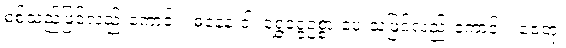
စစ်သည်ဖြင့်လည်းကောင်း။ ဓနေန ဝါ၊ ရွှေငွေဥစ္စာ ပေးသဖြင့်လည်းကောင်း။ ဇေတုံ၊